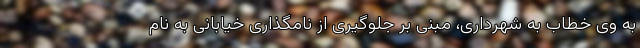
به وی خطاب به شهرداری، مبنی بر جلوگیری از نامگذاری خیابانی به نام